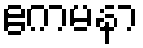
ဧကမနာ